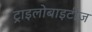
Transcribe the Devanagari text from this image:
ट्राइलोबाइटीज़